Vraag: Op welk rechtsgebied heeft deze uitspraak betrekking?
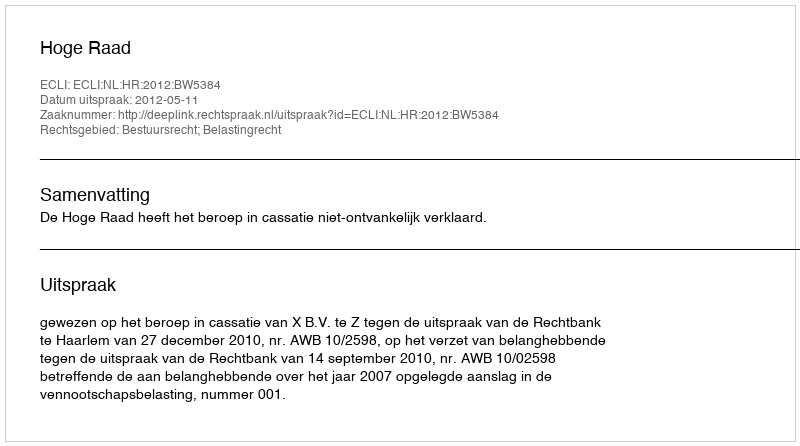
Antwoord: Bestuursrecht; Belastingrecht